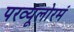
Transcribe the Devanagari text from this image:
परव्यूलोरमं